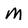
Character: M